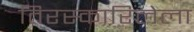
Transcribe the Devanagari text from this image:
तिरस्कारिलेला